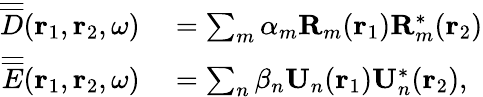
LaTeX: \begin{array}{rl}{\overline{{\overline{{D}}}}({\mathbf r}_{1},{\mathbf r}_{2},\omega)}&{{}=\sum_{m}\alpha_{m}{\mathbf R}_{m}({\mathbf r}_{1}){\mathbf R}_{m}^{\ast}({\mathbf r}_{2})}\\ {\overline{{\overline{{E}}}}({\mathbf r}_{1},{\mathbf r}_{2},\omega)}&{{}=\sum_{n}\beta_{n}{\mathbf U}_{n}({\mathbf r}_{1}){\mathbf U}_{n}^{\ast}({\mathbf r}_{2}),}\end{array}